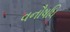
વનૌષધિ